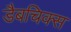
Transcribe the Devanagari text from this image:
डैबचिक्स